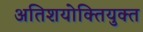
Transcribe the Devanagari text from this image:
अतिशयोक्‍तियुक्‍त